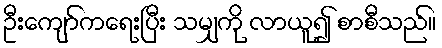
ဦးကျော်ကရေးပြီး သမျှကို လာယူ၍ စာစီသည်။